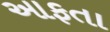
આફતા